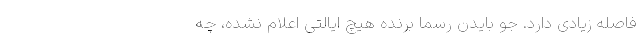
فاصله زیادی دارد. جو بایدن رسماََ برنده هیچ ایالتی اعلام نشده، چه